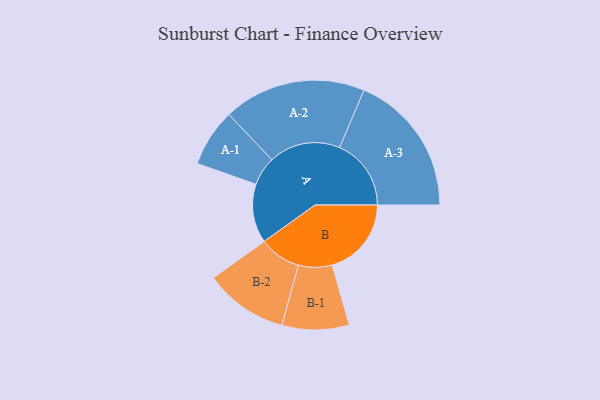
{"axis": {"x": "Segment", "y": "Value"}, "legend": ["", "A", "B"], "data": [{"x": "A", "y": 240, "type": ""}, {"x": "B", "y": 323, "type": ""}, {"x": "A-1", "y": 118, "type": "A"}, {"x": "A-2", "y": 291, "type": "A"}, {"x": "A-3", "y": 292, "type": "A"}, {"x": "B-1", "y": 137, "type": "B"}, {"x": "B-2", "y": 170, "type": "B"}]}